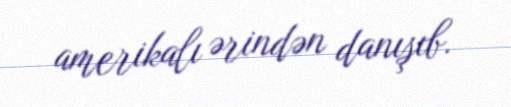
amerikalı ərindən danışıb.